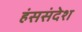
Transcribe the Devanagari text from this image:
हंससंदेश